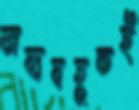
অব্যবহূতই